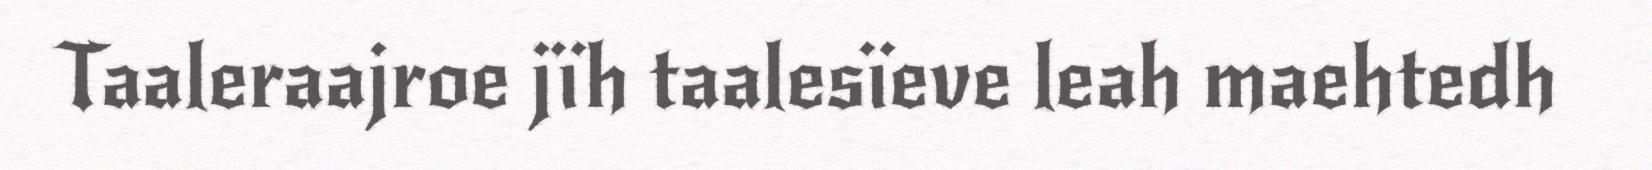
Taaleraajroe jïh taalesïeve leah maehtedh